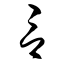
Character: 言